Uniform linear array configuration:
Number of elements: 32
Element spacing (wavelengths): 0.75
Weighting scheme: binomial
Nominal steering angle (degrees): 30
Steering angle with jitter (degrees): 31.724
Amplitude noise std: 0.05
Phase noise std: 0.05

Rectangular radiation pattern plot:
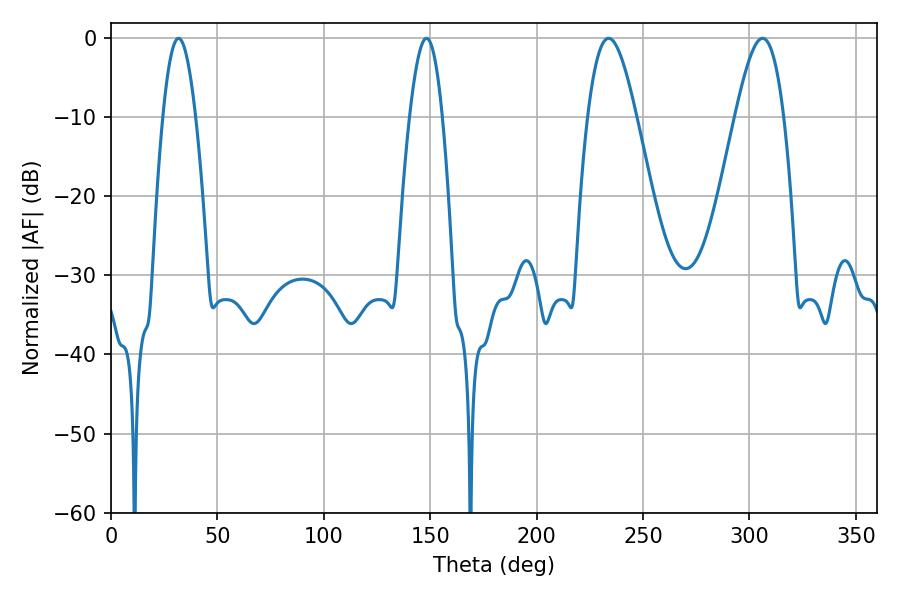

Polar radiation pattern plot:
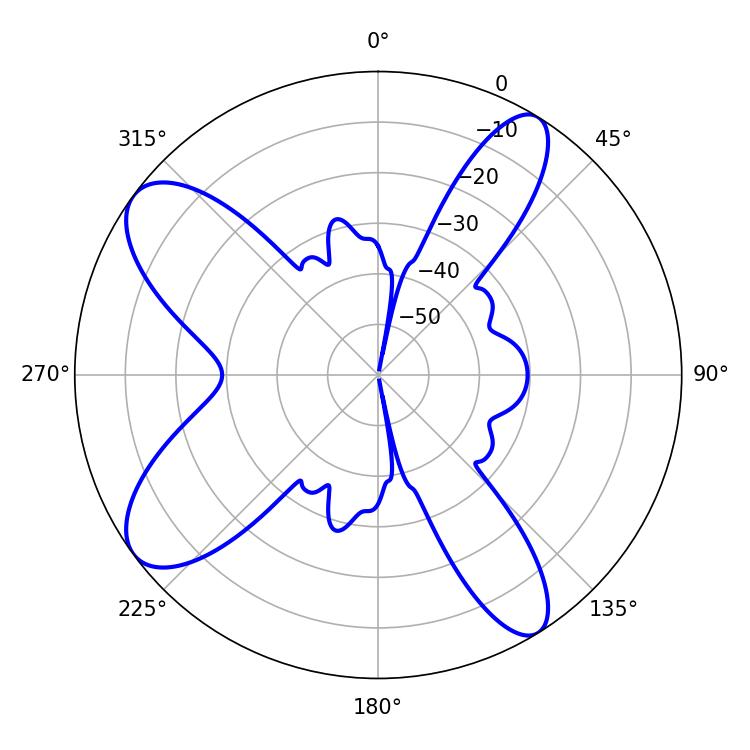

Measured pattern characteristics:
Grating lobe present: TRUE
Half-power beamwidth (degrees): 12.24
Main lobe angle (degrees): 233.82